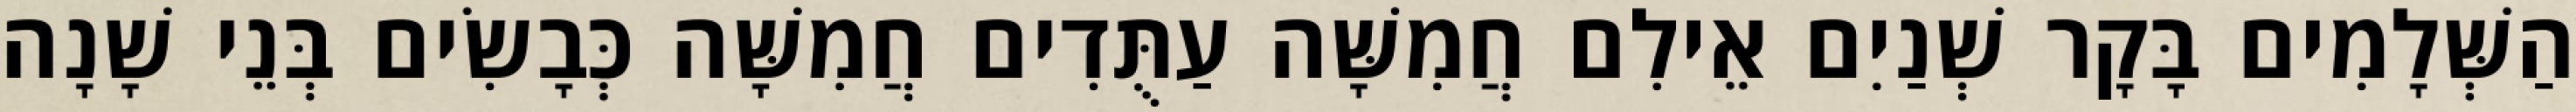
הַשְּׁלָמִים בָּקָר שְׁנַיִם אֵילִם חֲמִשָּׁה עַתֻּדִים חֲמִשָּׁה כְּבָשִׂים בְּנֵי שָׁנָה